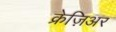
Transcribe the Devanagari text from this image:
क्रेज़िअर